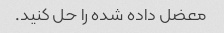
معضل داده شده را حل کنید.